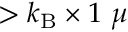
> k _ { \mathrm { B } } \times 1 ~ \mu